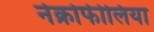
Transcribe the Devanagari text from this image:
नेक्रोफीलिया